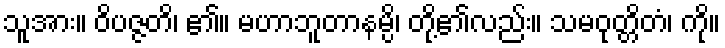
သူအား။ ဝိပဇ္ဇတိ၊ ၏။ မဟာဘူတာနမ္ပိ၊ တို့၏လည်း။ သမဝုတ္တိတံ၊ ကို။